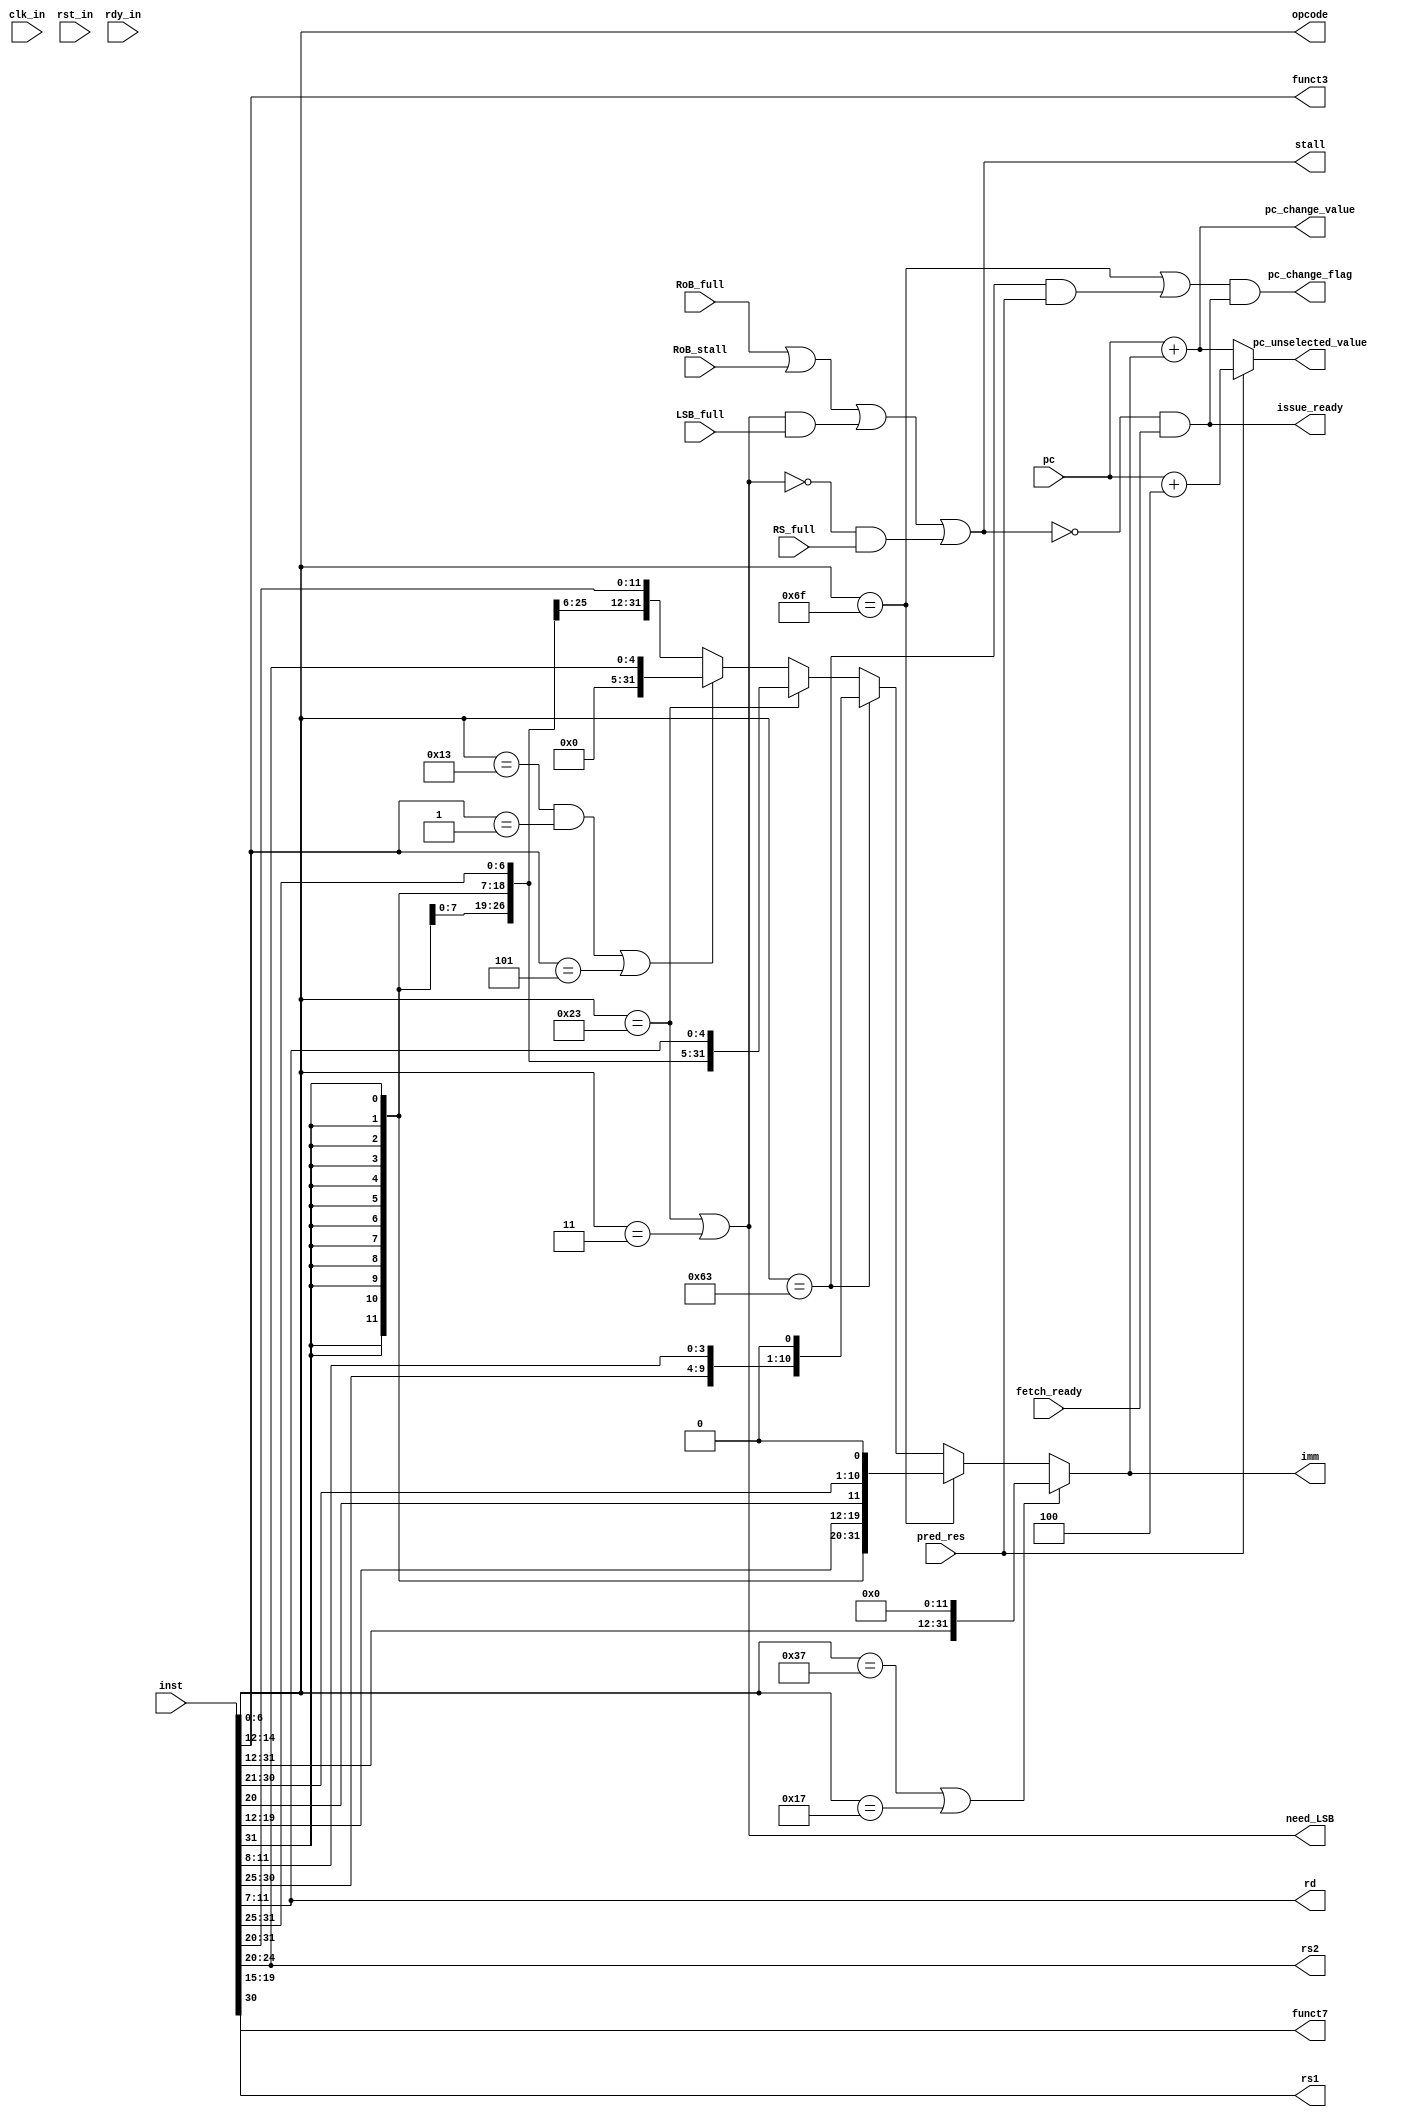
module Decoder (
    input wire clk_in,  // system clock signal
    input wire rst_in,  // reset signal
    input wire rdy_in,  // ready signal, pause cpu when low

    input wire RS_full,  
    input wire LSB_full,  
    input wire RoB_full,  
    input wire RoB_stall, 
    output wire need_LSB,
    output wire stall,
    input wire fetch_ready,
    output wire issue_ready,

    input wire [31:0] inst,
    input wire [31:0] pc,

    output wire [6:0] opcode,
    output wire [4:0] rs1,
    output wire [4:0] rs2,
    output wire [4:0] rd,
    output wire [2:0] funct3,
    output wire funct7,
    output wire [31:0] imm,

    input wire pred_res, // 1 if decide to jump( pc = pc + imm), 0 if pc = pc + 4
    output wire pc_change_flag,
    output wire [31:0] pc_change_value,
    output wire [31:0] pc_unselected_value //Unselected pc values at conditional jumps
);

    assign opcode = inst[6:0];
    assign rd = inst[11:7];
    assign funct3 = inst[14:12];
    assign rs1 = inst[19:15];
    assign rs2 = inst[24:20];
    assign funct7 = inst[30];

    assign is_R = (opcode == 7'b0110011);
    assign is_I = (opcode == 7'b0010011) || (opcode == 7'b0000011) || (opcode == 7'b1100111);
    assign is_S = (opcode == 7'b0100011);
    assign is_B = (opcode == 7'b1100011);
    assign is_U = (opcode == 7'b0110111) || (opcode == 7'b0010111);
    assign is_J = (opcode == 7'b1101111);

    assign is_load = opcode == 7'b0000011;
    assign is_jalr = opcode == 7'b1100111;

    assign need_LSB = is_S || opcode == 7'b0000011; // store or load

    wire [11:0] imm_I = inst[31:20];
    wire [11:0] imm_S = {inst[31:25], inst[11:7]};
    wire [12:0] imm_B = {inst[31], inst[7], inst[30:25], inst[11:8], 1'b0};
    wire [19:0] imm_U = inst[31:12];
    wire [20:0] imm_J = {inst[31], inst[19:12], inst[20], inst[30:21], 1'b0};

    assign imm = is_U ? {imm_U, 12'b0} :  
        is_J ? {{11{imm_J[20]}}, imm_J} :  
        is_B ? {{19{imm_B[12]}}, imm_B} : 
        is_S ? {{20{imm_S[11]}}, imm_S} : 
        (opcode == 7'b0010011 && funct3 == 3'b001 || funct3 == 3'b101) ? {27'b0, rs2} : {{20{imm_I[11]}}, imm_I};  

    assign stall = RoB_full || RoB_stall || (need_LSB && LSB_full) || (!need_LSB && RS_full);

    assign issue_ready = !stall && fetch_ready;

    assign pc_change_flag = (is_J || (is_B && pred_res)) && issue_ready; //Attention: issue_ready needed here!
    assign pc_change_value = pc + imm;
    assign pc_unselected_value = pred_res ? pc + 4 : pc + imm;

    // always @(posedge clk_in) begin
    //     if (rst_in) begin

    //     end
    //     else if (rdy_in) begin
    //             $display("here: %h, %d %h", inst, pc, pc);
    //         if (fetch_ready && issue_ready) begin
    //              $display("inst: %h, %d %h", inst, pc, pc);
    //         end
    //     end
    // end

endmodule